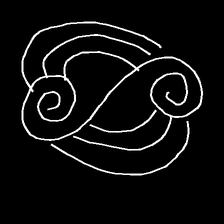
Glyph: wind-underfoot